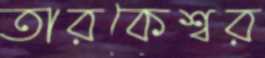
তারকেশ্বর